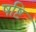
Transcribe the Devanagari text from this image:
षष्टि